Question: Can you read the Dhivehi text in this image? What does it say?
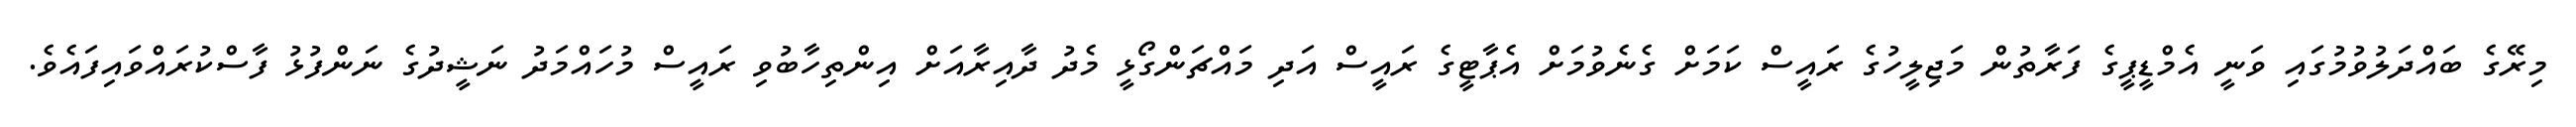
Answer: މިރޭގެ ބައްދަލުވުމުގައި ވަނީ އެމްޑީޕީގެ ފަރާތުން މަޖިލީހުގެ ރައީސް ކަމަށް ގެނެވުމަށް އެޕާޓީގެ ރައީސް އަދި މައްޗަންގޯޅީ މެދު ދާއިރާއަށް އިންތިހާބުވި ރައީސް މުހައްމަދު ނަޝީދުގެ ނަންފުޅު ފާސްކުރައްވައިފައެވެ.